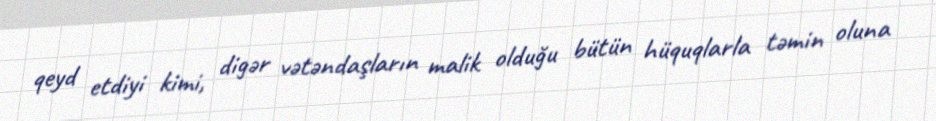
qeyd etdiyi kimi, digər vətəndaşların malik olduğu bütün hüquqlarla təmin oluna